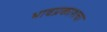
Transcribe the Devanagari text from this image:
भावप्रकाशचा